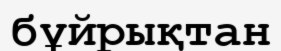
бұйрықтан